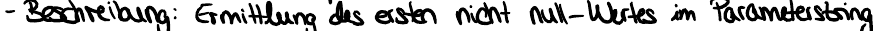
- Beschreibung: Ermittlung des ersten nicht null-Wertes im Parameterstring